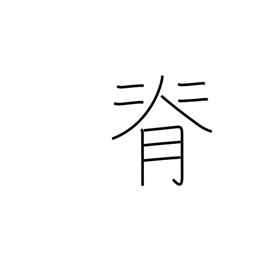
Meaning: stature